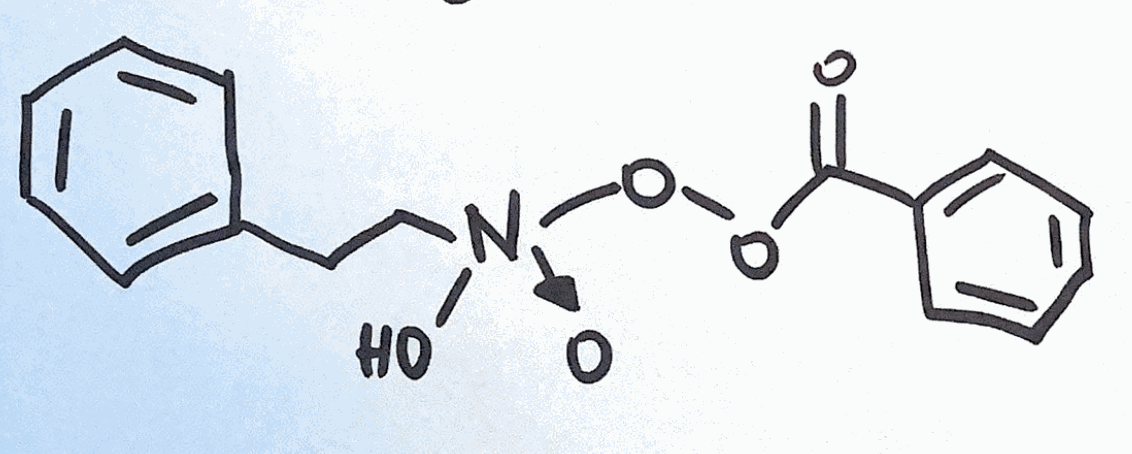
Simplified molecular-input line-entry system (SMILES) notation of the given molecule:
C1=CC=C(C=C1)CC[N+](O)([O-])OOC(=O)C2=CC=CC=C2